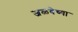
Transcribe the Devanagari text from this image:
जळवेच्या